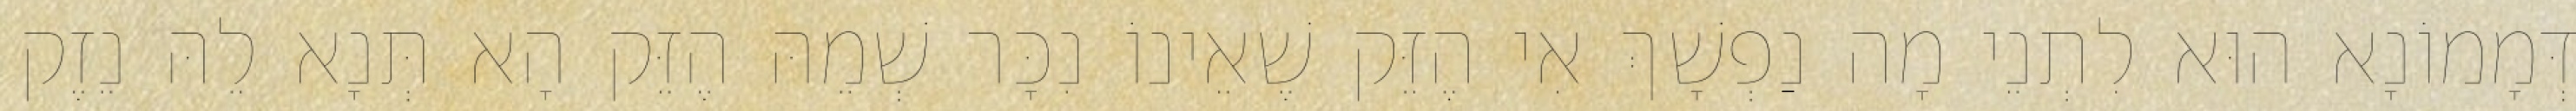
דְּמָמוֹנָא הוּא לִתְנֵי מָה נַפְשָׁךְ אִי הֶזֵּק שֶׁאֵינוֹ נִכָּר שְׁמֵהּ הֶזֵּק הָא תְּנָא לֵהּ נֵזֶק